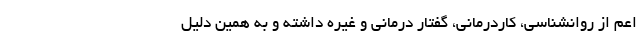
اعم از روانشناسی، کاردرمانی، گفتار درمانی و غیره داشته و به همین دلیل